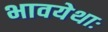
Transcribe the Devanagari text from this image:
भावयेथाः